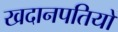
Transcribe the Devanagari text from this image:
खदानपतियों